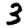
Digit: 3